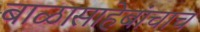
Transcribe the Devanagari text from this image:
बाळासाहेबांचाच